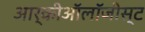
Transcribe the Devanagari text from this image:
आर्कीऑलॉजीस्ट